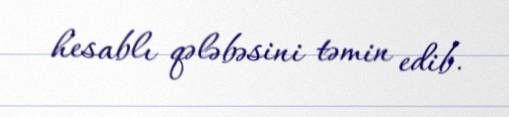
hesablı qələbəsini təmin edib.